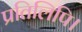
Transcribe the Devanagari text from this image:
प्रतिलिपि।